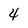
Character: 4